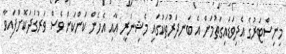
މިނިސްޓަރުގެ އެދިވަޑައިގަތުމަށް އެ ބަނދަރުތަކުގައި މެޝިނަރީ އާއި އެހެން ކަންކަން ވެސް ވަރުގަދަކޮށްފައިވާ